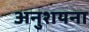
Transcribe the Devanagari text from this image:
अनुशयना